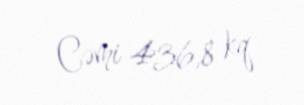
Cəmi 436,8 kq